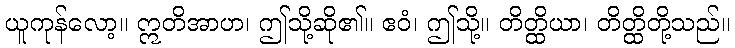
ယူကုန်လော့။ ဣတိအာဟ၊ ဤသို့ဆို၏။ ဧဝံ၊ ဤသို့။ တိတ္ထိယာ၊ တိတ္ထိတို့သည်။